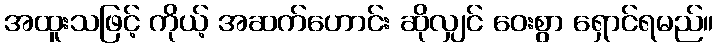
အထူးသဖြင့် ကိုယ့် အဆက်ဟောင်း ဆိုလျှင် ဝေးစွာ ရှောင်ရမည်။